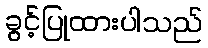
ခွင့်ပြုထားပါသည်